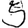
Digit: 5